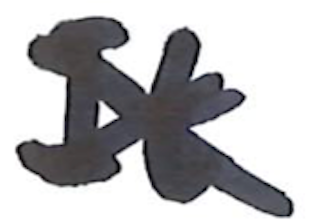
Text: It
Cross-out: cross
Writing tool: marker